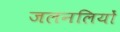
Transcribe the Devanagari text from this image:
जलनलियों